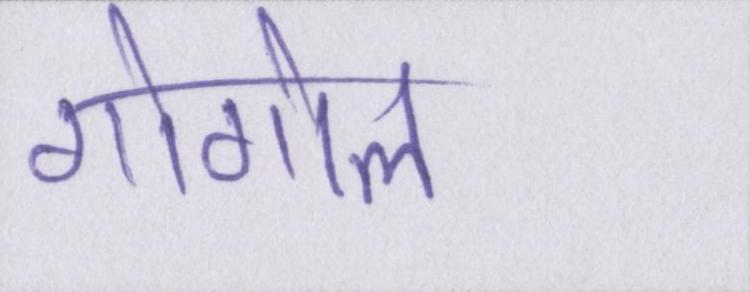
गोगोल